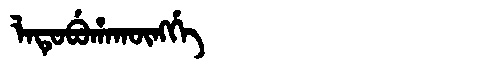
Manchu: ᠯᠠᡨᡠᠪᡠᡥᠠᡴᡡᠩᡤᡝ
Romanization: LATUBUHAKŪNGGE